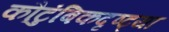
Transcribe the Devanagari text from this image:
कौटुंबिकदृष्ट्या